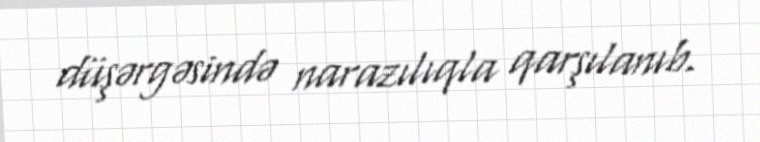
düşərgəsində narazılıqla qarşılanıb.